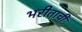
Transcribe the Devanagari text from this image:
भरीताची